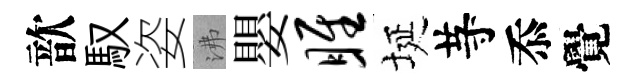
歆馭姿沸嬰雎埏䒭忝覺